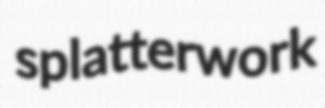
splatterwork